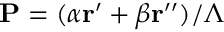
\mathbf { P } = ( \alpha \mathbf { r } ^ { \prime } + \beta \mathbf { r } ^ { \prime \prime } ) / \Lambda